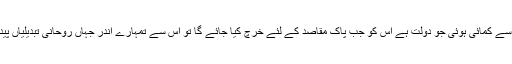
بلکہ یہاں پاک کرنے کے ذریعے سے یہ مطلب ہے کہ پاک ذرائع سے کمائی ہوئی جو دولت ہے اس کو جب پاک مقاصد کے لئے خرچ کیا جائے گا تو اس سے تمہارے اندر جہاں روحانی تبدیلیاں پیدا ہوں گی وہاں تمہارے اموال و نفوس میں بے انتہا برکت پڑے گی۔